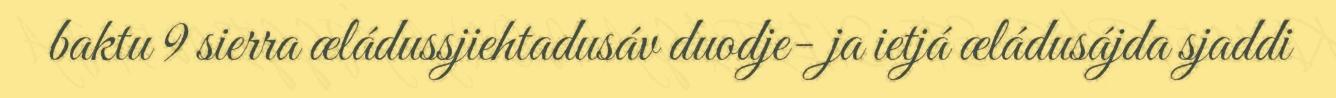
baktu 9 sierra æládussjiehtadusáv duodje- ja ietjá æládusájda sjaddi